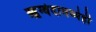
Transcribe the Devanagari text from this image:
ऋग्वेदामध्येही